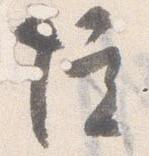
院